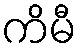
ကိမီ